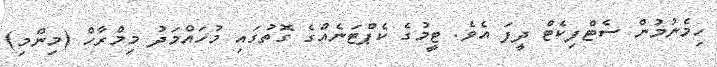
ހިމެނުމުން ސެޓްފިކެޓް ދީފަ އެވެ. ޓީމުގެ ކެޕްޓަނެއްގެ ގޮތުގައި މުހައްމަދު މިމްރާހް (މިންމި)